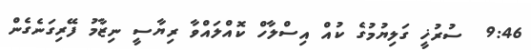
9:46  ސުރުޚީ ގަލިޔުމުގެ ކުއް އިސްލާހް ކޮއްލައްވާ ރިޔާސީ ނިޒާމު ފޭރިގަނެގެން